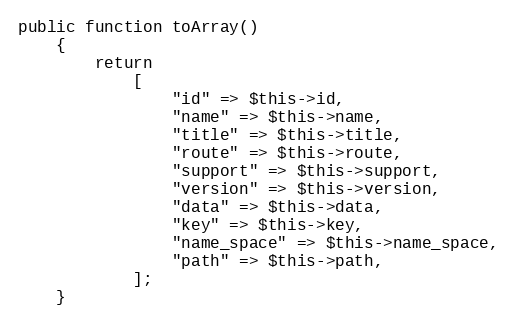
Language: PHP
public function toArray()
	{
		return
			[
				"id" => $this->id,
				"name" => $this->name,
				"title" => $this->title,
				"route" => $this->route,
				"support" => $this->support,
				"version" => $this->version,
				"data" => $this->data,
				"key" => $this->key,
				"name_space" => $this->name_space,
				"path" => $this->path,
			];
	}